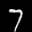
Label: 7